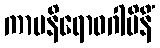
ကာမနိရောဓဂါမိနိံ